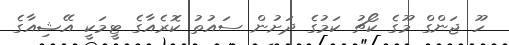
ހޫ ޖަންގް މޫގެ ކޯޗު ކަމުގެ ދަށުން ސައުތު ކޮރެއާގެ ޓީމަކީ އޭޝިއާގެ